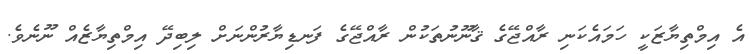
އެ އިމްތިޔާޒަކީ ހަމައެކަނި ރާއްޖޭގެ ޤާނޫނުތަކުން ރާއްޖޭގެ ފަނޑިޔާރުންނަށް ލިބިދޭ އިމްތިޔާޒެއް ނޫނެވެ.